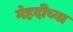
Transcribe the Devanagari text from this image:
मेहदीच्या